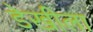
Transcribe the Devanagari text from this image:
डेखीला